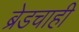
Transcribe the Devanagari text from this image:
ब्रेडचाही